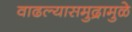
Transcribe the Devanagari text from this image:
वाढल्यासमुद्रामुळे